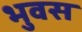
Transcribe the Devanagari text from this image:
भुवस